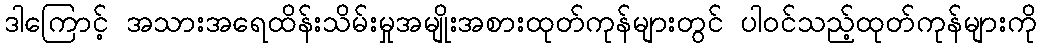
ဒါကြောင့် အသားအရေထိန်းသိမ်းမှုအမျိုးအစားထုတ်ကုန်များတွင် ပါဝင်သည့်ထုတ်ကုန်များကို